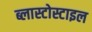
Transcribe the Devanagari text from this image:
ब्लास्टोस्टाइल